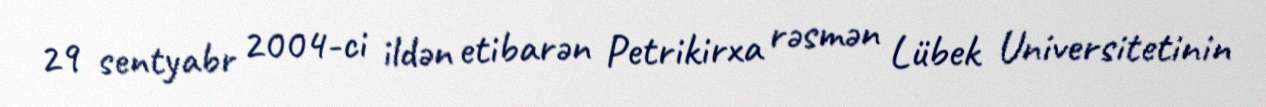
29 sentyabr 2004-ci ildən etibarən Petrikirxa rəsmən Lübek Universitetinin